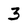
Character: 3